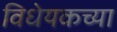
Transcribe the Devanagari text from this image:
विधेयकच्या